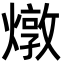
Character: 燉